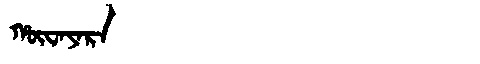
Manchu: ᡥᡡᠸᠠᠶᠠᡵᠠ
Romanization: HŪWAYARA